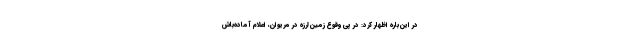
در این‌باره اظهار کرد: در پی وقوع زمین‌لرزه در مریوان، اعلام آماده‌باش